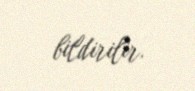
bildirilir.